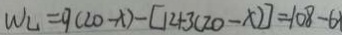
W _ { L } = 9 ( 2 0 - x ) - [ 1 2 + 3 ( 2 0 - x ) ] = 1 0 8 - 6